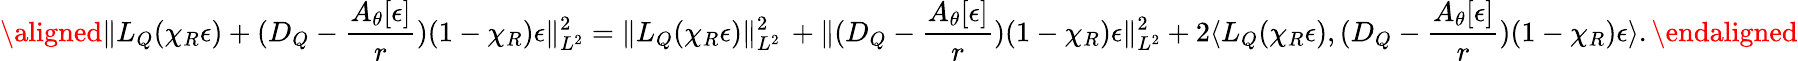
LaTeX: \aligned\| L_{Q}(\chi_{R}\epsilon)+(D_{Q}-\frac{A_{\theta}[\epsilon]}{r})(1-\chi_{R})\epsilon\| _{L^{2}}^{2}=\| L_{Q}(\chi_{R}\epsilon)\| _{L^{2}}^{2}\, +\| (D_{Q}-\frac{A_{\theta}[\epsilon]}{r})(1-\chi_{R})\epsilon\| _{L^{2}}^{2}+2\langle L_{Q}(\chi_{R}\epsilon),(D_{Q}-\frac{A_{\theta}[\epsilon]}{r})(1-\chi_{R})\epsilon\rangle.\endaligned